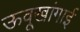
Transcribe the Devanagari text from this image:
ऊवूखांगाई